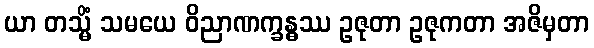
ယာ တသ္မိံ သမယေ ဝိညာဏက္ခန္ဓဿ ဥဇုတာ ဥဇုကတာ အဇိမှတာ